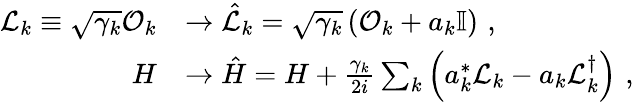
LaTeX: \begin{array}{rl}{\mathcal{L}_{k}\equiv\sqrt{\gamma_{k}}\mathcal{O}_{k}}&{\rightarrow\hat{\mathcal{L}}_{k}=\sqrt{\gamma_{k}}\left(\mathcal{O}_{k}+a_{k}\mathbb{I}\right)\, \, ,}\\ {H}&{\rightarrow\hat{H}=H+\frac{\gamma_{k}}{2i}\sum_{k}\left(a_{k}^{*}\mathcal{L}_{k}-a_{k}\mathcal{L}_{k}^{\dagger}\right)\, \, ,}\end{array}